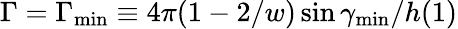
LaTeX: \Gamma=\Gamma_{\operatorname*{min}}\equiv 4\pi(1-2/w)\sin\gamma_{\operatorname*{min}}/h(1)